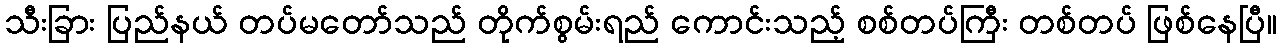
သီးခြား ပြည်နယ် တပ်မတော်သည် တိုက်စွမ်းရည် ကောင်းသည့် စစ်တပ်ကြီး တစ်တပ် ဖြစ်နေပြီ။